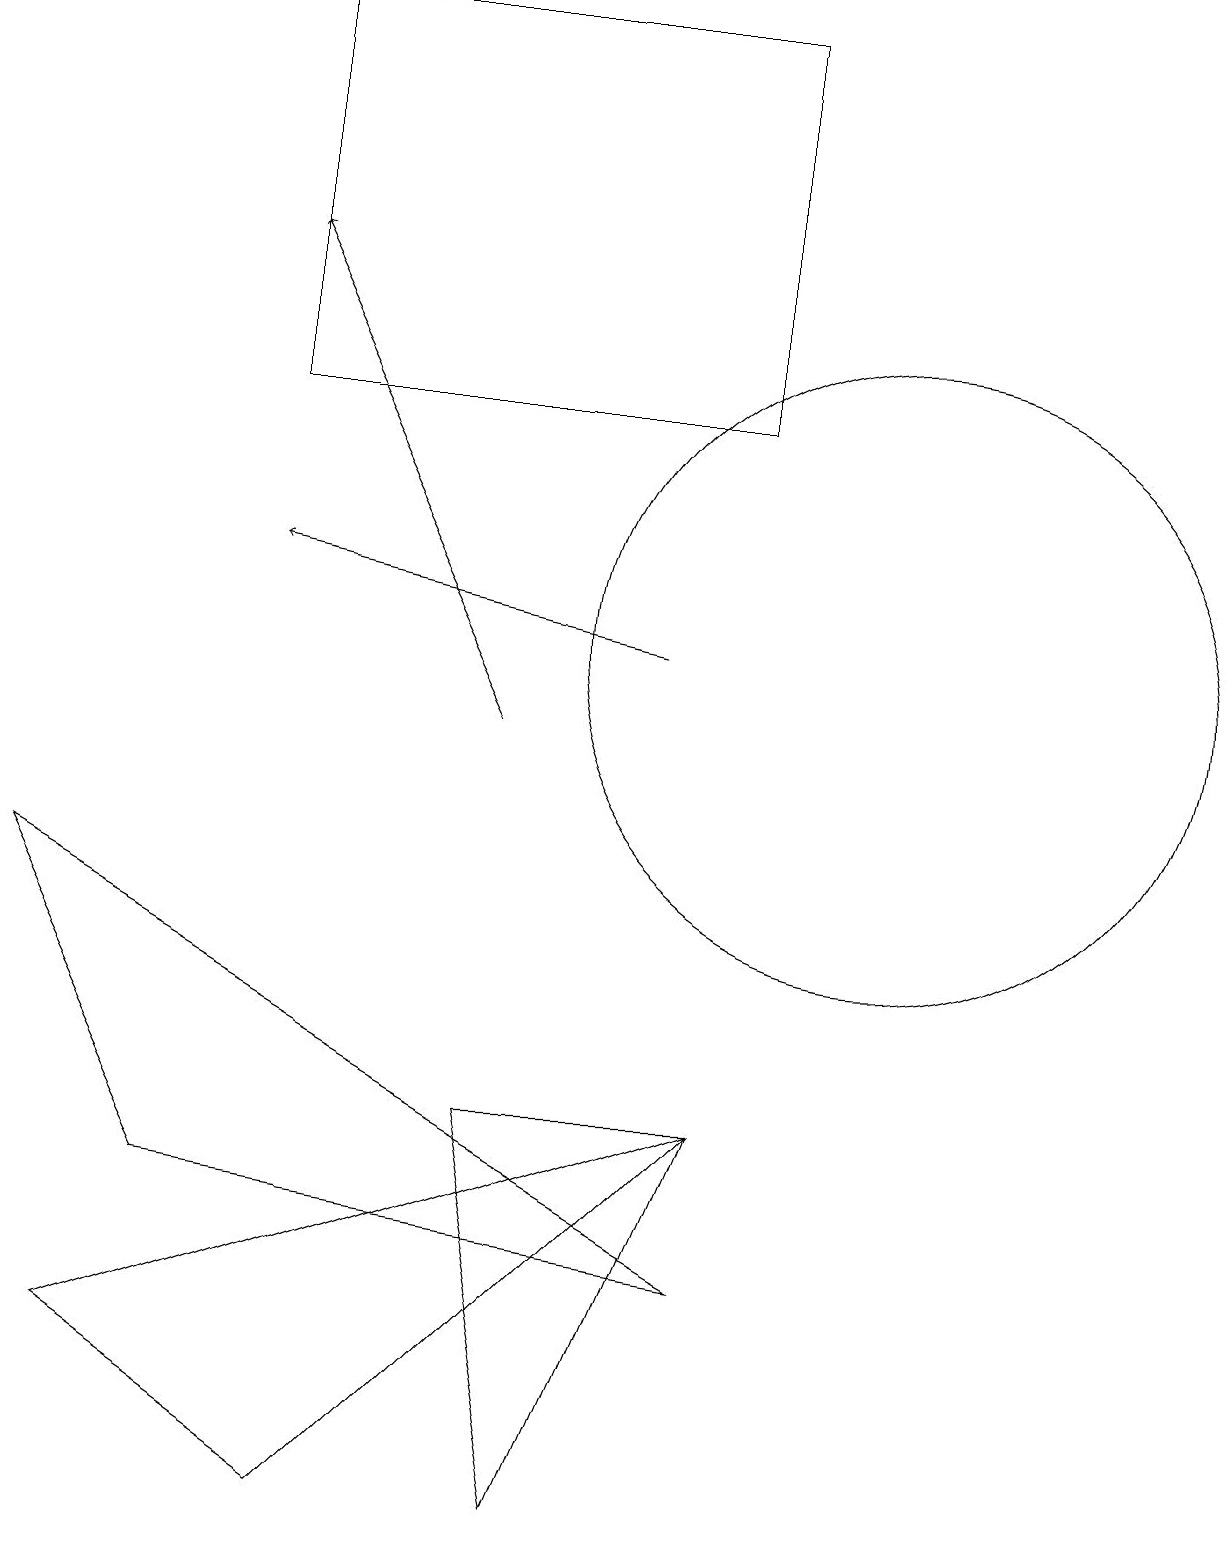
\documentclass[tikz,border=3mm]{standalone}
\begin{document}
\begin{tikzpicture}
\draw (4,0) -- (9,5) -- (1,2) -- cycle;
\draw[->] (8,11) -- (3,12);
\draw (11,11) circle (4);
\draw (9,14) rectangle (3,19);
\draw[->] (6,10) -- (3,16);
\draw (9,5) -- (7,0) -- (6,5) -- cycle;
\draw (2,4) -- (0,8) -- (9,3) -- cycle;
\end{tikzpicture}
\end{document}